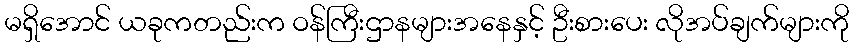
မရှိအောင် ယခုကတည်းက ဝန်ကြီးဌာနများအနေနှင့် ဦးစားပေး လိုအပ်ချက်များကို